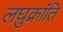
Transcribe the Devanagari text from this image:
लघुक्रांति